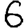
Digit: 6